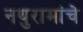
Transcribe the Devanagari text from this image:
नथुरामांचे